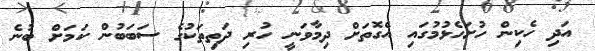
އަދި ހެކިން ހުށަހެޅުމުގައި އެގޮތަށް ދިމާވަނީ ހުރި ދަތިތަކުގެ ސަބަބުން ކަމަށް ބުނެ